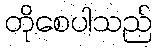
တိုစေပါသည်